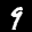
Label: 9